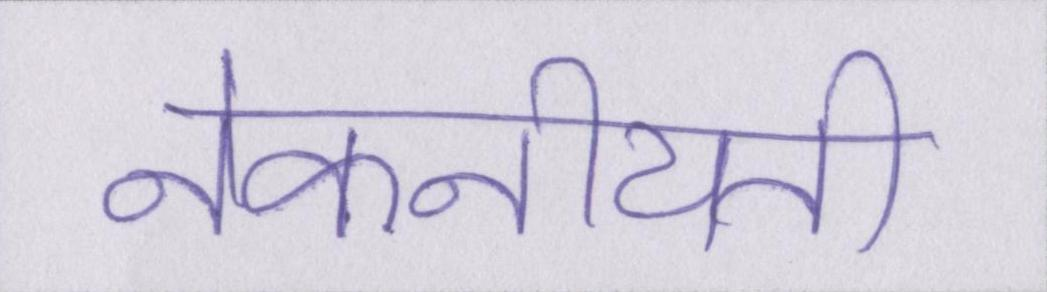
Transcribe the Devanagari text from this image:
नेकनीयती